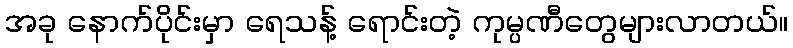
အခု နောက်ပိုင်းမှာ ရေသန့် ရောင်းတဲ့ ကုမ္ပဏီတွေများလာတယ်။